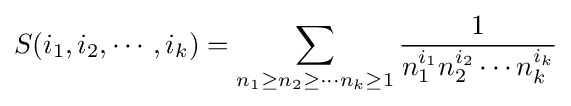
S(i_{1},i_{2},\cdots ,i_{k})=\sum _{n_{1}\geq n_{2}\geq \cdots n_{k}\geq 1}{\frac {1}{n_{1}^{i_{1}}n_{2}^{i_{2}}\cdots n_{k}^{i_{k}}}}